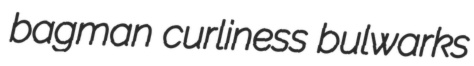
bagman curliness bulwarks